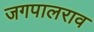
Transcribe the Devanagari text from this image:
जगपालराव